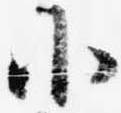
小